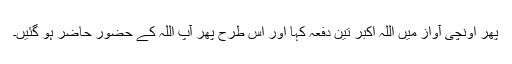
پھر اونچی آواز میں اللہ اکبر تین دفعہ کہا اور اس طرح پھر آپ اللہ کے حضور حاضر ہو گئیں۔